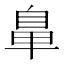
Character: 𮮲